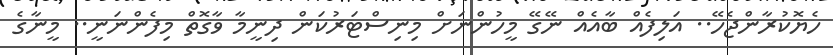
ހެޔޮކުރާންޖެހޭ.. އަލިފެއް ބާއެއް ނޭގޭ މީހުންނަށް މިނިސްޓަރުކަން ދިނީމާ ވާގޮތް މިފެންނަނީ.. މީނާގެ